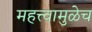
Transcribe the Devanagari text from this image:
महत्त्वामुळेच